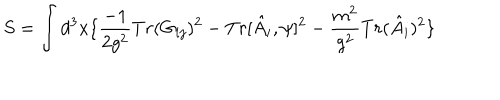
LaTeX: S = \int d ^ { 3 } x \{ \frac { - 1 } { 2 g ^ { 2 } } T r ( G _ { i j } ) ^ { 2 } - T r [ \hat { A } _ { i } , \psi ] ^ { 2 } - \frac { m ^ { 2 } } { g ^ { 2 } } T r ( \hat { A } _ { i } ) ^ { 2 } \}